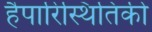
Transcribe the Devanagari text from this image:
हैपारिस्थितिकी